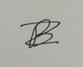
Signature authenticity: forged